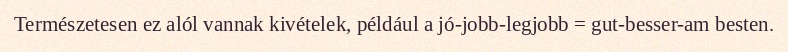
Természetesen ez alól vannak kivételek, például a jó-jobb-legjobb = gut-besser-am besten.